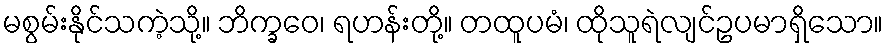
မစွမ်းနိုင်သကဲ့သို့။ ဘိက္ခဝေ၊ ရဟန်းတို့။ တထူပမံ၊ ထိုသူရဲလျင်ဥပမာရှိသော။